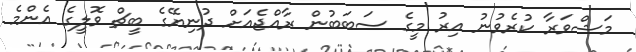
މަޝްވަރާ ކުރެވުނު އިރު މީގެ ސަބަބުން ރާއްޖެއަށް ދުނިޔޭގެ ބީޗް ވޮލީގެ އެންމެ